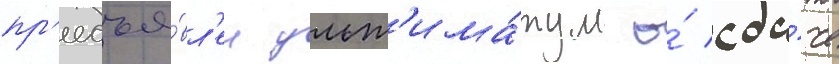
пр'едъя́вл'ен ульт'има́тум о́ сда́че